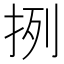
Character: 挒